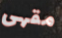
مقهى